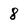
Character: 8